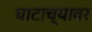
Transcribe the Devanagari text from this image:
घाटाच्यावर